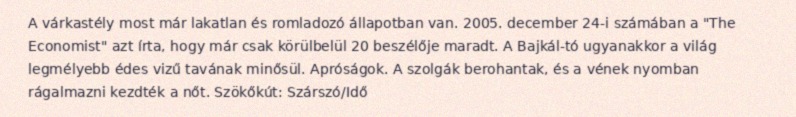
A várkastély most már lakatlan és romladozó állapotban van. 2005. december 24-i számában a "The Economist" azt írta, hogy már csak körülbelül 20 beszélője maradt. A Bajkál-tó ugyanakkor a világ legmélyebb édes vizű tavának minősül. Apróságok. A szolgák berohantak, és a vének nyomban rágalmazni kezdték a nőt. Szökőkút: Szárszó/Idő